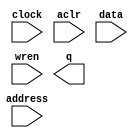
//Copyright (C) 1991-2002 Altera Corporation
//Any  megafunction  design,  and related netlist (encrypted  or  decrypted),
//support information,  device programming or simulation file,  and any other
//associated  documentation or information  provided by  Altera  or a partner
//under  Altera's   Megafunction   Partnership   Program  may  be  used  only
//to program  PLD  devices (but not masked  PLD  devices) from  Altera.   Any
//other  use  of such  megafunction  design,  netlist,  support  information,
//device programming or simulation file,  or any other  related documentation
//or information  is prohibited  for  any  other purpose,  including, but not
//limited to  modification,  reverse engineering,  de-compiling, or use  with
//any other  silicon devices,  unless such use is  explicitly  licensed under
//a separate agreement with  Altera  or a megafunction partner.  Title to the
//intellectual property,  including patents,  copyrights,  trademarks,  trade
//secrets,  or maskworks,  embodied in any such megafunction design, netlist,
//support  information,  device programming or simulation file,  or any other
//related documentation or information provided by  Altera  or a megafunction
//partner, remains with Altera, the megafunction partner, or their respective
//licensors. No other licenses, including any licenses needed under any third
//party's intellectual property, are provided herein.

module lsb_mem (
	address,
	clock,
	aclr,
	data,
	wren,
	q);

	input	[7:0]  address;
	input	  clock;
	input	  aclr;
	input	[17:0]  data;
	input	  wren;
	output	[17:0]  q;

endmodule